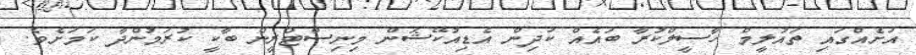
އަށެއްގައި ތައުލީމް ހާސީލްކުރާ ބައެއް ކުދިން އެޑިއުކޭޝަން މިނިސްޓްރީން ބާކީ ކުރަމުންދާ ކަމަށެވެ.